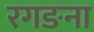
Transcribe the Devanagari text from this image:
रगङना